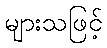
များသဖြင့်